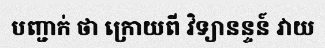
បញ្ជាក់ ថា ក្រោយពី វិទ្យានន្ទន៍ វាយ